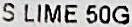
S LIME 50G